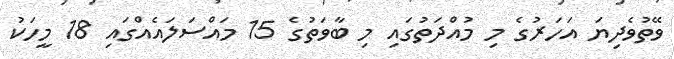
ވޭތުވެދިޔަ އަހަރުގެ މި މުއްދަތުގައި މި ބާވަތުގެ 15 މައްސަލައެއްގައި 18 މީހަކު